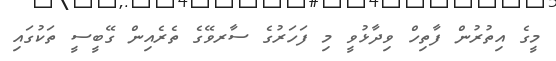
މީގެ އިތުރުން ފާތިހް ވިދާޅުވީ މި ފަހަރުގެ ސާރވޭގެ ތެރެއިން ގޭބީސީ ތަކުގައި